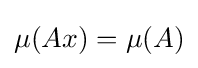
\mu (Ax)=\mu (A)